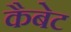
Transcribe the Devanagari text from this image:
कैबेट